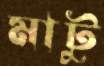
মাটু